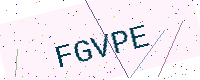
Text: FGVPE